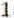
1